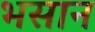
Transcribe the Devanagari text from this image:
भसान